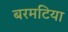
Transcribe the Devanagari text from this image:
बरमटिया